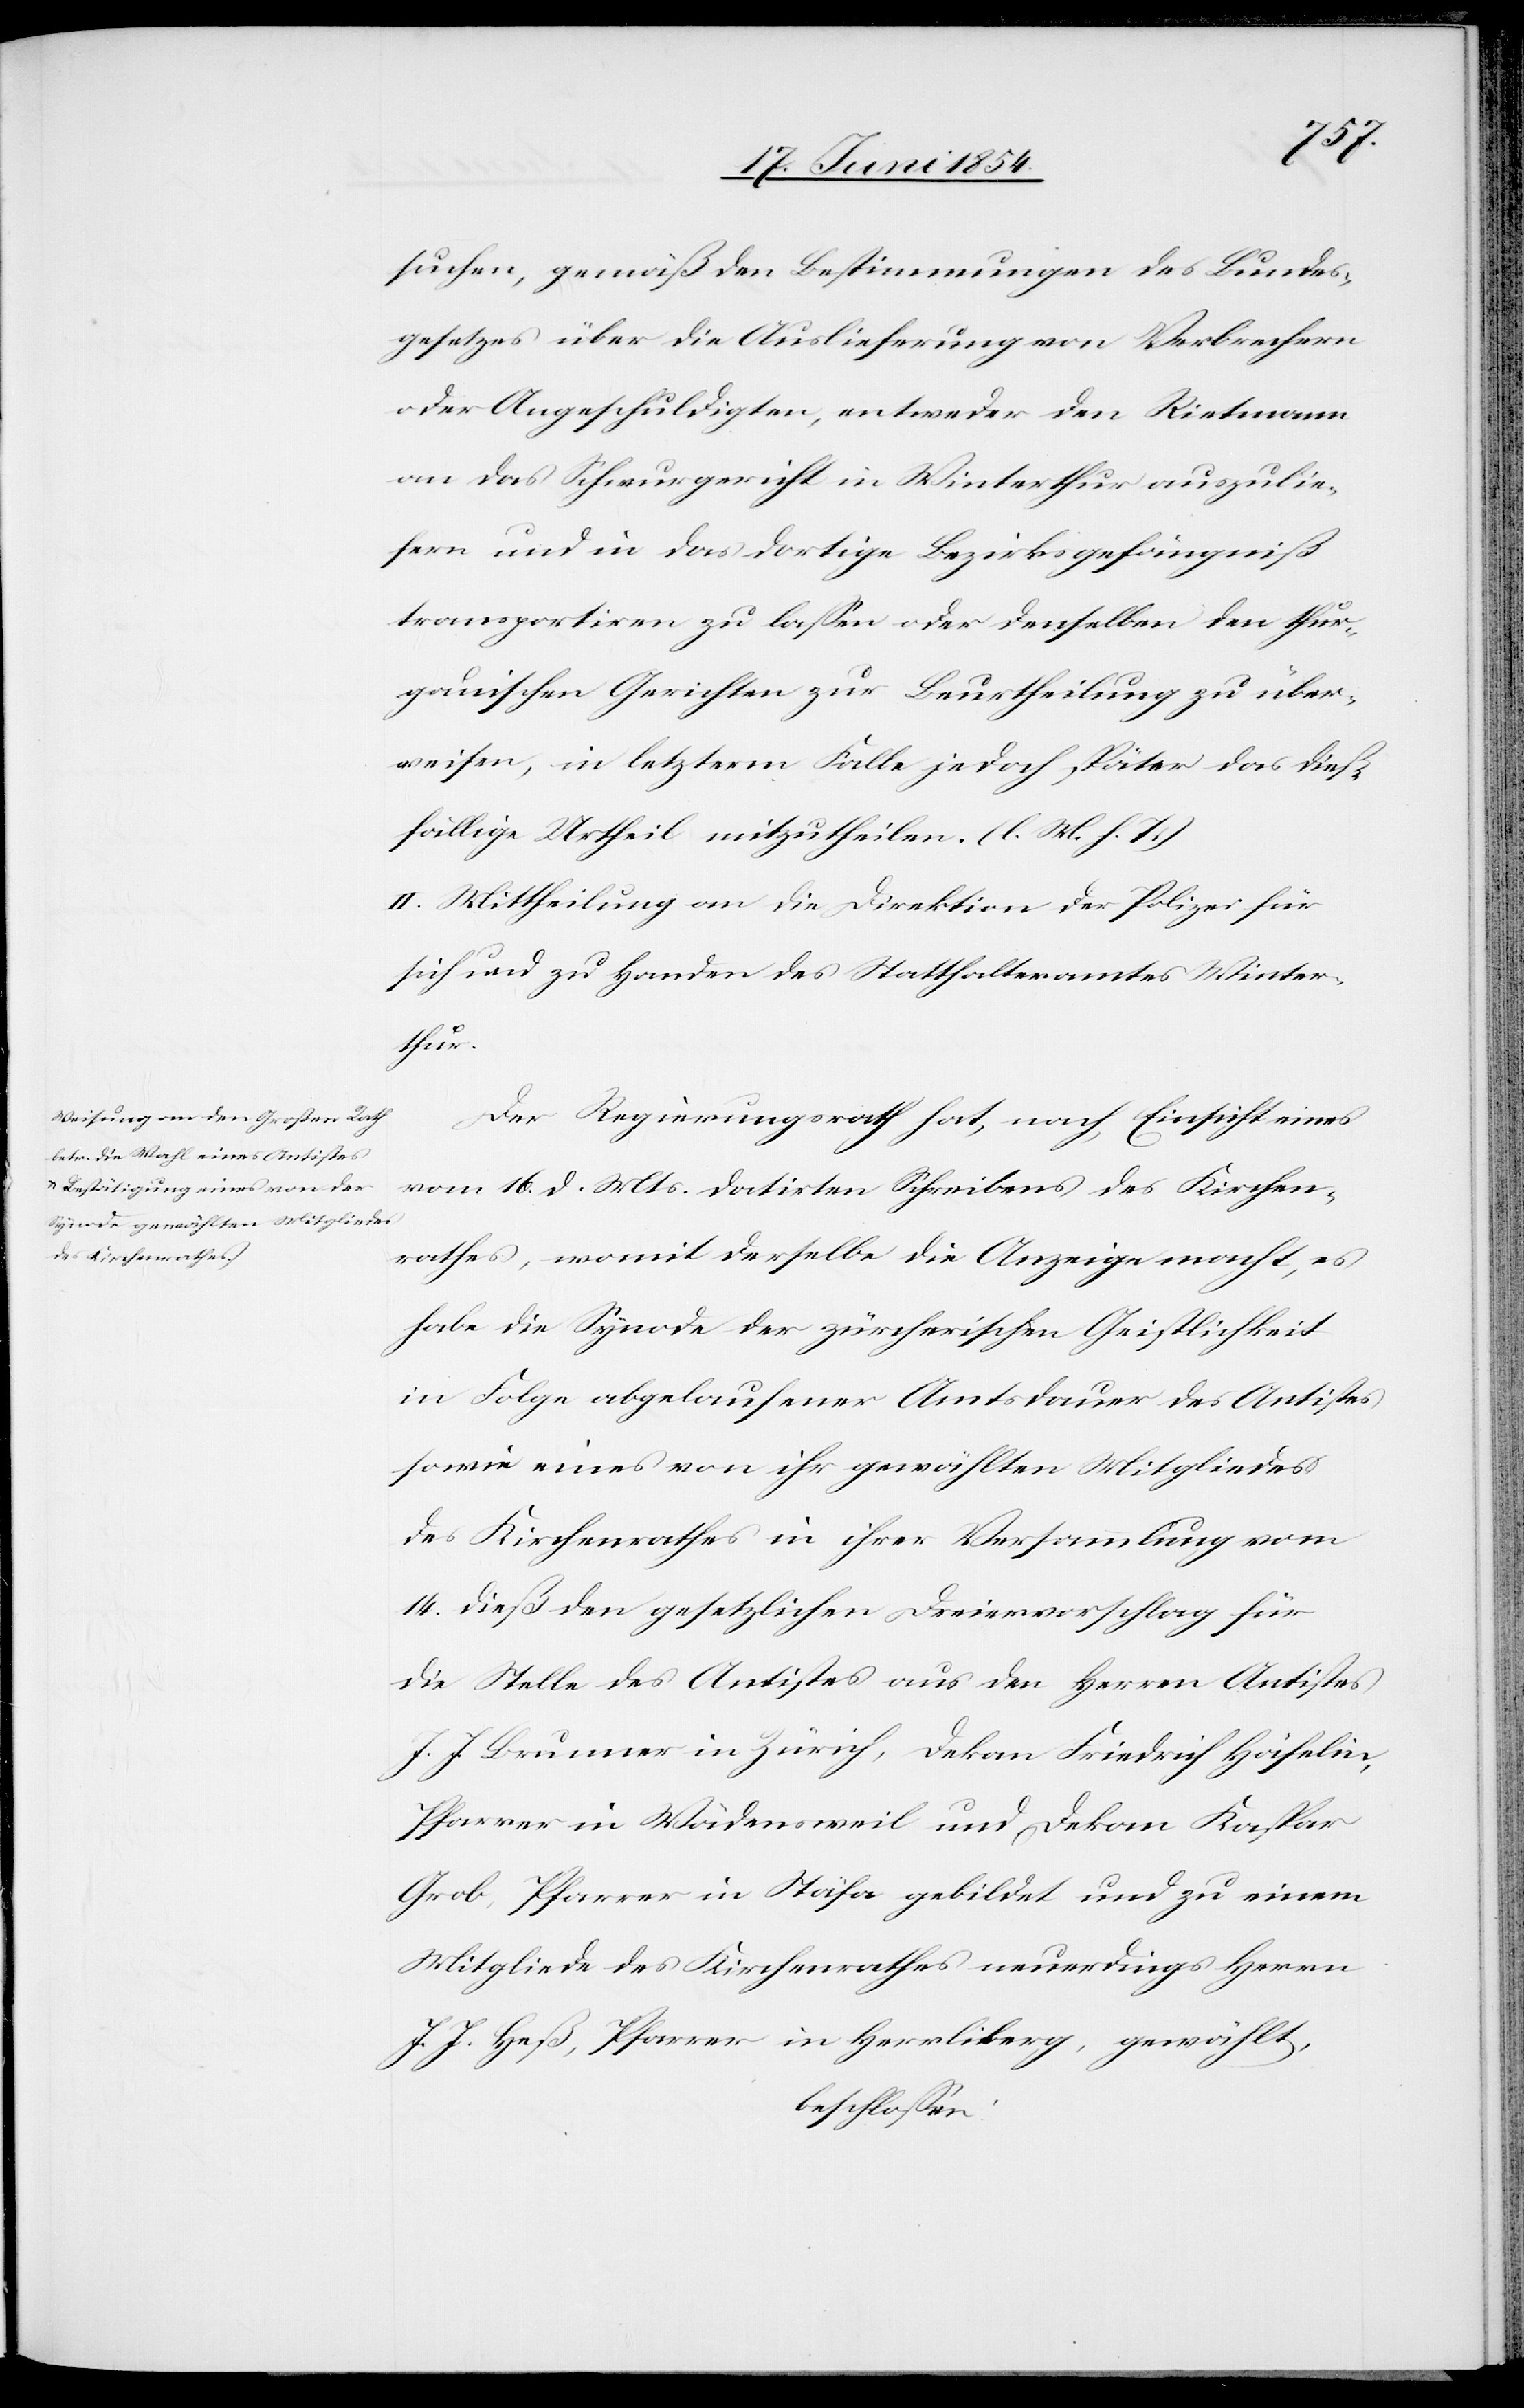
suchen, gemäß den Bestimmungen des Bundes¬
gesetzes über die Auslieferung von Verbrechern
oder Angeschuldigten, entweder den Rietmann
an das Schwurgericht in Winterthur auszulie¬
fern und in das dortige Bezirksgefängniß
transportiren zu laßen oder denselben den thur¬
gauischen Gerichten zur Beurtheilung zu über¬
weisen, in letzterm Falle jedoch später das dieß¬
fällige Urtheil mitzutheilen. (l. M. h. T.)
II. Mittheilung an die Direktion der Polizei für
sich und zu Handen des Statthalteramtes Winter¬
thur.
Der Regierungsrath hat, nach Einsicht eines
vom 16. d. Mts. datirten Schreibens des Kirchen¬
rathes, womit derselbe die Anzeige macht, es
habe die Synode der zürcherischen Geistlichkeit
in Folge abgelaufener Amtsdauer des Antistes
sowie eines von ihr gewählten Mitgliedes
des Kirchenrathes in ihrer Versammlung vom
14. dieß den gesetzlichen Dreiervorschlag für
die Stelle des Antistes aus den Herren Antistes
J. J. Brunner in Zürich, Dekan Friedrich Häfelin,
Pfarrer in Wädensweil und Dekan Kaspar
Grob, Pfarrer in Stäfa gebildet und zu einem
Mitgliedes des Kirchenrathes neuerdings Herrn
J. J. Heß, Pfarrer in Herrliberg, gewählt,
beschloßen: